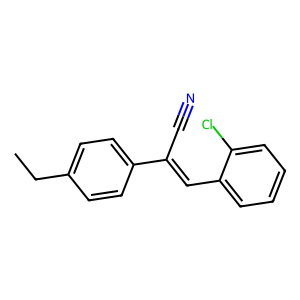
SMILES: CCc1ccc(C(C#N)=Cc2ccccc2Cl)cc1
Inhibits HIV replication: No